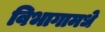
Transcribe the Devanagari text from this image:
विभागामधे